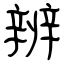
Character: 辨